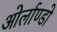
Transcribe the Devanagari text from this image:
ओर्लाण्डो